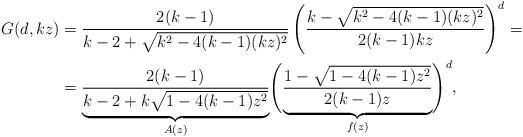
LaTeX: \begin{align*}G(d,kz) &= \frac{2(k-1)}{k-2+\sqrt{k^2-4(k-1)(kz)^2}}\left(\frac{k-\sqrt{k^2-4(k-1)(kz)^2}}{2(k-1)kz}\right)^d=\\&= \underbrace{\frac{2(k-1)}{k-2+k\sqrt{1-4(k-1)z^2}}}_{A(z)}\Biggl(\underbrace{\frac{1-\sqrt{1-4(k-1)z^2}}{2(k-1)z}}_{f(z)}\Biggr)^d,\end{align*}